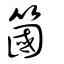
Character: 簂